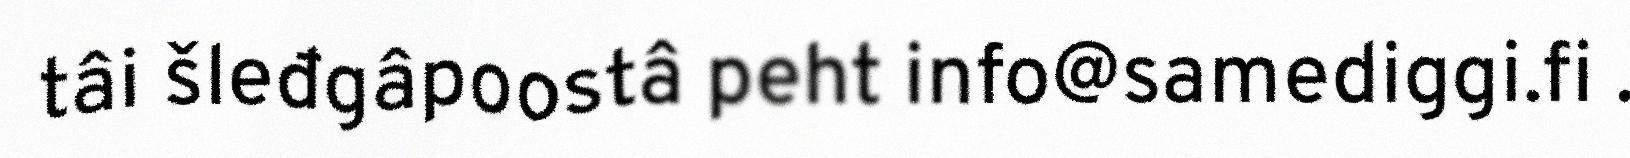
tâi šleđgâpoostâ peht info@samediggi.fi .